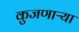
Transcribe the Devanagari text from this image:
कुजणाऱ्या